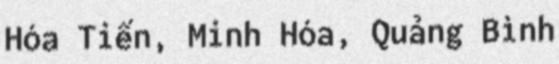
Hóa Tiến, Minh Hóa, Quảng Bình